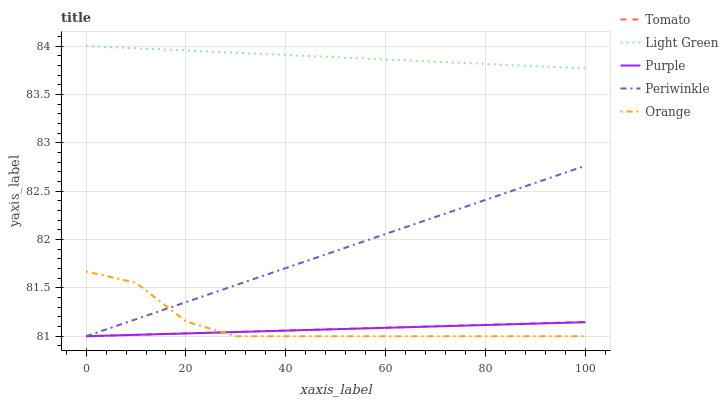
| xaxis_label | Tomato | Light Green | Purple | Periwinkle | Orange |
 | --- | --- | --- | --- | --- | --- |
 | 0 | 81 | 84 | 81 | 81 | 81.7 |
 | 10 | 81 | 84 | 81 | 81.2 | 81.6 |
 | 20 | 81 | 84 | 81 | 81.4 | 81.2 |
 | 30 | 81 | 83.9 | 81 | 81.5 | 81 |
 | 40 | 81.1 | 83.9 | 81.1 | 81.7 | 81 |
 | 50 | 81.1 | 83.9 | 81.1 | 81.9 | 81 |
 | 60 | 81.1 | 83.9 | 81.1 | 82.1 | 81 |
 | 70 | 81.1 | 83.8 | 81.1 | 82.2 | 81 |
 | 80 | 81.1 | 83.8 | 81.1 | 82.4 | 81 |
 | 90 | 81.1 | 83.8 | 81.1 | 82.6 | 81 |
 | 100 | 81.1 | 83.8 | 81.1 | 82.8 | 81 |